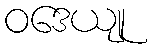
ဝဒေယျု